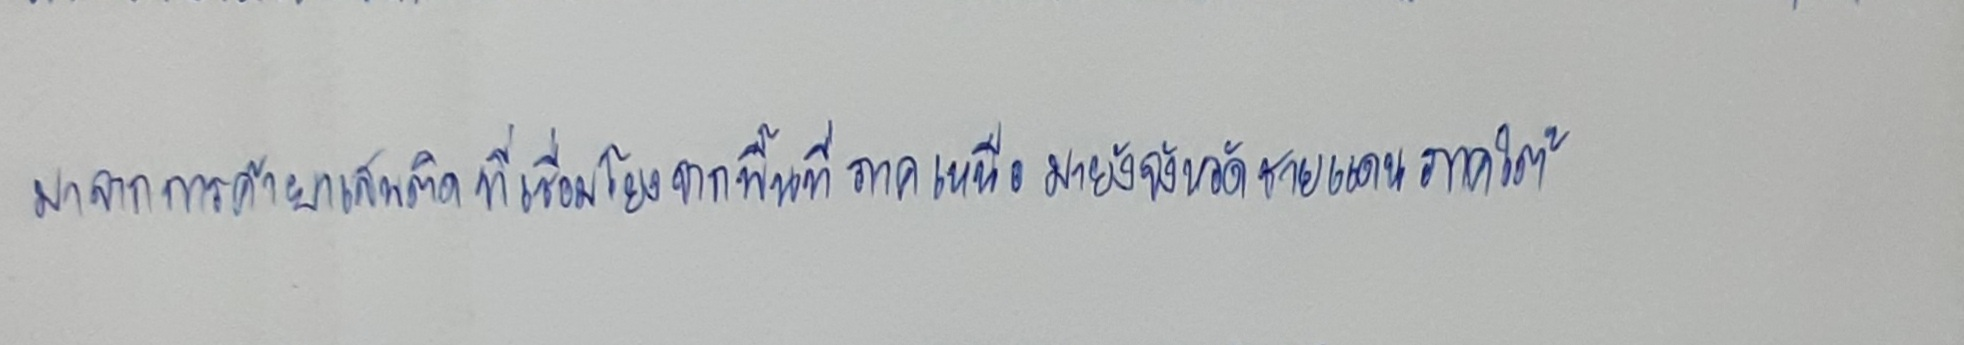
มาจากการค้ายาเสพติดที่เชื่อมโยงจากพื้นที่ภาคเหนือมายังจังหวัดชายแดนภาคใต้